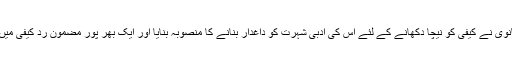
ساحر لدھیانوی نے کیفی کو نیچا دکھانے کے لئے اس کی ادبی شہرت کو داغدار بنانے کا منصوبہ بنایا اور ایک بھر پور مضمون رد کیفی میں قلم بند کیا۔